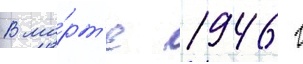
В ма́рт'е 1946 г